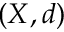
( X , d )